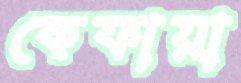
কেফায়া